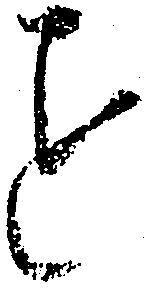
を